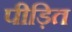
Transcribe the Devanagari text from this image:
पीड़ित